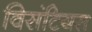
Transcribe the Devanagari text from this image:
विसंटियस